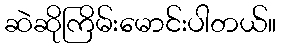
ဆဲဆိုကြိမ်းမောင်းပါတယ်။